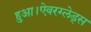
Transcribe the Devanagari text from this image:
हुआ।ऐवरग्लेड्स